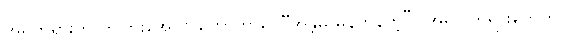
အရှိတရားကို ကွဲပြားအောင် ဟောတယ်၊ “အန္တိမ မှန်ကန်တဲ့” (အရှိ) တရားတွေဟာ